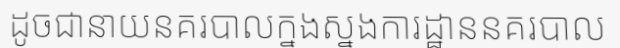
ដូចជានាយនគរបាលក្នងស្នងការដ្ឋាននគរបាល